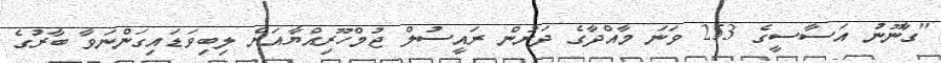
"ގާނޫނު އަސާސީގެ 253 ވަނަ މާއްދާގެ ދަށުން ރައީސުލް ޖުމްހޫރިއްޔާއަށް ލިބިވަޑައިގަންނަވާ ބާރުގެ